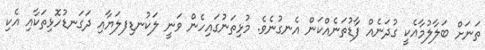
ތަނަށް ބަލާލުމާއެކީ ގުދަނެއް ފާޑުތަނެއްކަން އެނގުނެވެ. މުޅިތަނުގައިހެން ވަނީ ލަކުނޑިފލަޔާއި ދަގަނޑުހޮޅިތަކާއި އެކި